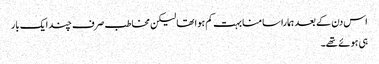
اس دن کے بعد ہمارا سامنا بہت کم ہوا تھا لیکن مخاطب صرف چند ایک بار
ہی ہوئے تھے۔